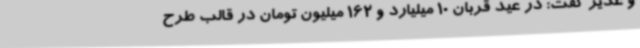
و غذیر گفت: در عید قربان 10 میلیارد و 162 میلیون تومان در قالب طرح